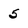
Character: 5